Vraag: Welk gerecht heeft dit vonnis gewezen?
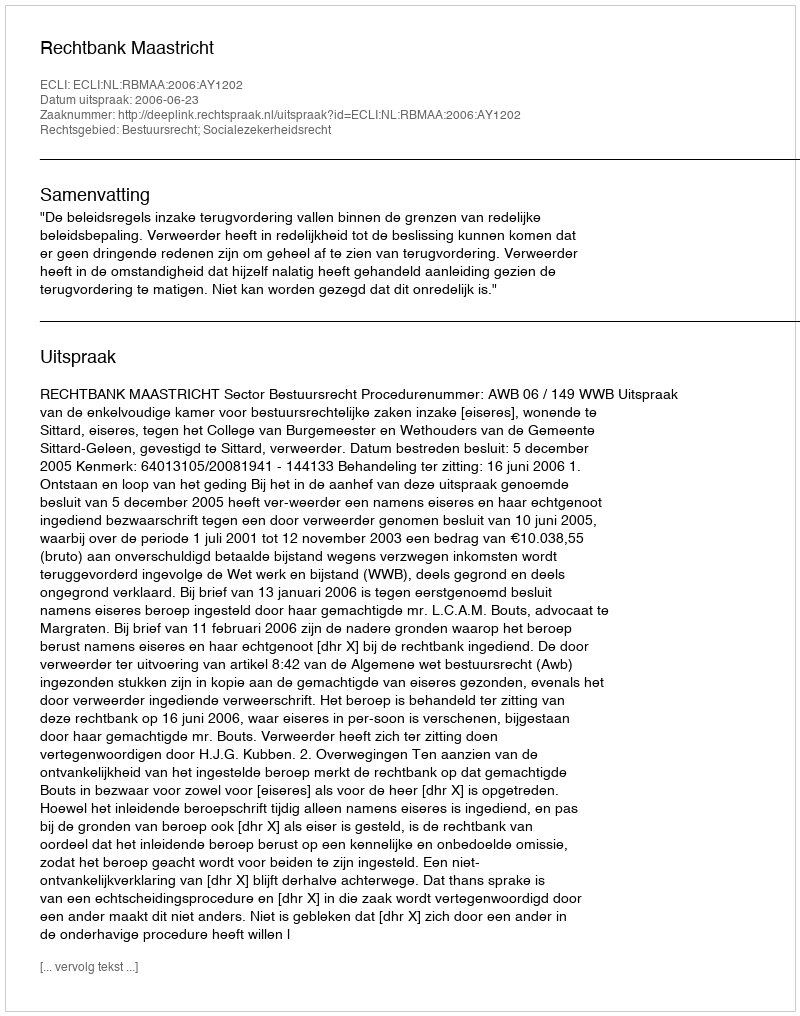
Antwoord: Rechtbank Maastricht